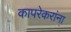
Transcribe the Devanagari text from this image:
कापरेकरांना